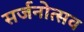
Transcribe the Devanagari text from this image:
सर्जनोत्सव